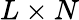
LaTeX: L\times N